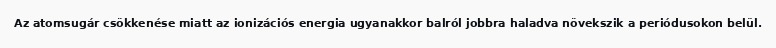
Az atomsugár csökkenése miatt az ionizációs energia ugyanakkor balról jobbra haladva növekszik a periódusokon belül.